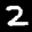
Label: 2